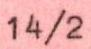
14/2